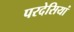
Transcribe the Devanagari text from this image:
परदेसियां